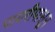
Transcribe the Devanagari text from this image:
पायरीपासून